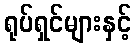
ရုပ်ရှင်များနှင့်